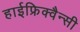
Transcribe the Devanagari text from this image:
हाईफ्रिक्वैन्सी